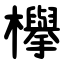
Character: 欅